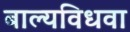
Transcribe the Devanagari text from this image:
बाल्यविधवा